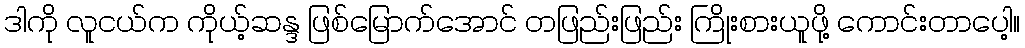
ဒါကို လူငယ်က ကိုယ့်ဆန္ဒ ဖြစ်မြောက်အောင် တဖြည်းဖြည်း ကြိုးစားယူဖို့ ကောင်းတာပေါ့။